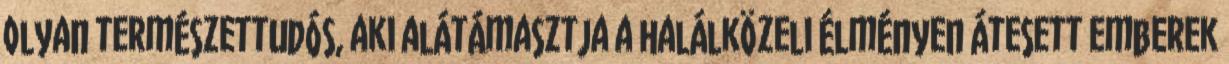
olyan természettudós, aki alátámasztja a halálközeli élményen átesett emberek